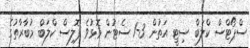
ސްޕޯޓްސް ކްލަބް ސިޓީ އަތުން 3-1 ސެޓުން މޮޅުވެ ޕޮލިސް ކްލަބް މުބާރާތުގެ